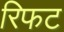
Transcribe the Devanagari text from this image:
रिफट